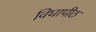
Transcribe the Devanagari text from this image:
विघापीठ